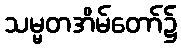
သမ္မတအိမ်တော်၌